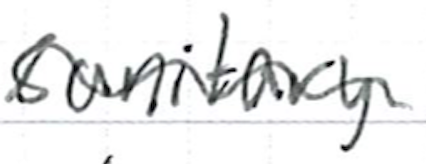
Text: sanitary
Cross-out: wave
Writing tool: ballpoint